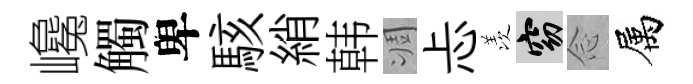
巉觸卑駭綃韩凋忐羡窈𫝹属